Indian journal of veterinary science and animal husbandry - Volumes 18-21, 1948-1951
Year: 1948
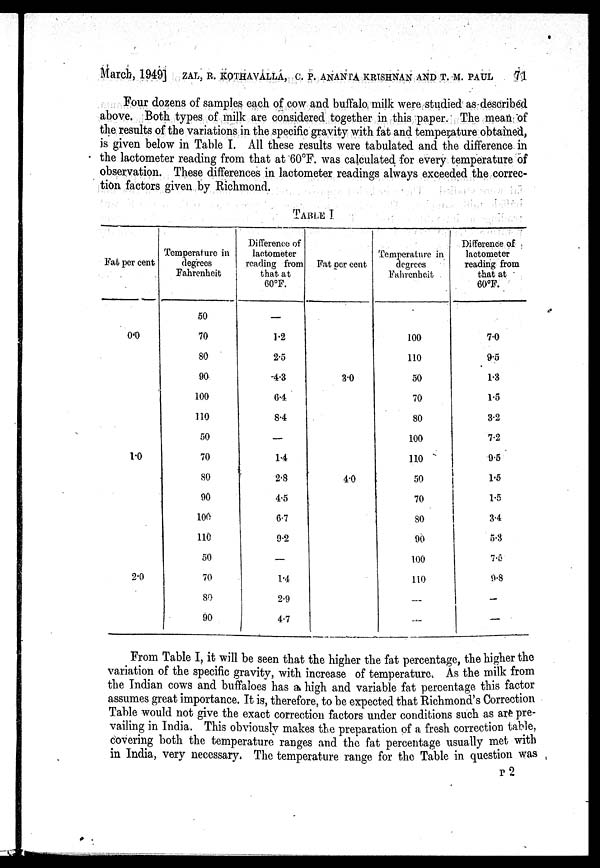
March, 1949] ZAL, R. KOTHAVALLA, C. P. ANANTA KRISHNAN AND T. M. PAUL 71
Four dozens of samples each of cow and buffalo milk were studied as described
above. Both types of milk are considered together in this paper. The mean of
the results of the variations in the specific gravity with fat and temperature obtained,
is given below in Table I. All these results were tabulated and the difference in
the lactometer reading from that at 60°F. was calculated for every temperature of
observation. These differences in lactometer readings always exceeded the correc-
tion factors given by Richmond.
TABLE I
Fat per cent
0.0
1.0
2.0
Temperature in
degrees
Fahrenheit
50
70
80
90
100
110
50
70
80
90
100
110
50
70
80
90
Difference of
lactometer
reading from
that at
60ºF.
—
1.2
2.5
4.3
6.4
8.4
—
14
2.8
4.5
6.7
9.2
—
14
2.9
4.7
Fat per cent
3.0
4.0
Temperature in
degrees
Fahrenheit
100
110
50
70
80
100
110
50
70
80
90
100
110
—
—
Difference of
lactometer
reading from
that at
60°F.
7.0
9.5
1.3
1.5
3.2
7.2
9.5
1.5
1.5
3.4
5.3
7.5
9.8
—
—
From Table I, it will be seen that the higher the fat percentage, the higher the
variation of the specific gravity, with increase of temperature. As the milk from
the Indian cows and buffaloes has a high and variable fat percentage this factor
assumes great importance. It is, therefore, to be expected that Richmond's Correction
Table would not give the exact correction factors under conditions such as are pre-
vailing in India. This obviously makes the preparation of a fresh correction table,
covering both the temperature ranges and the fat percentage usually met with
in India, very necessary. The temperature range for the Table in question was
P2